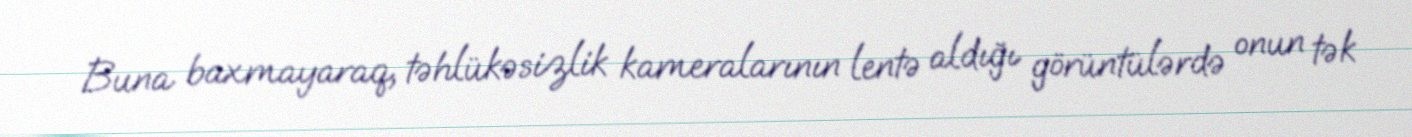
Buna baxmayaraq, təhlükəsizlik kameralarının lentə aldığı görüntülərdə onun tək